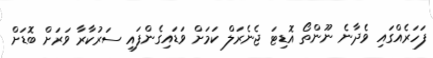
ފަހަރެއްގައި ވެދާނެ ނޫންތޯ އޮޑިޓަ ޖެނެރަލް ކަމަށް ވަޑައިގެންފައި ސަރުކާރާ ވަރަށް ބޮޑަށް